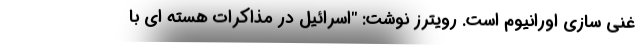
غنی سازی اورانیوم است. رویترز نوشت: "اسرائیل در مذاکرات هسته ای با